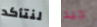
لنتأكد جيد